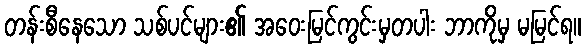
တန်းစီနေသော သစ်ပင်များ၏ အဝေးမြင်ကွင်းမှတပါး ဘာကိုမှ မမြင်ရ။